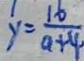
y = \frac { 1 6 } { a + 4 }